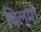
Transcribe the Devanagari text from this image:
चिल्मों